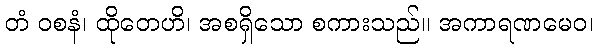
တံ ဝစနံ၊ ထိုတေဟိ၊ အစရှိသော စကားသည်။ အကာရဏမေဝ၊